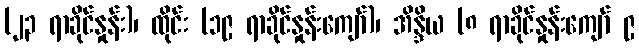
(၂၃ ရာခိုင်နှုန်း)၊ ထိုင်း (၁၉ ရာခိုင်နှုန်းကျော်)၊ အိန္ဒိယ (၈ ရာခိုင်နှုန်းကျော် ၉